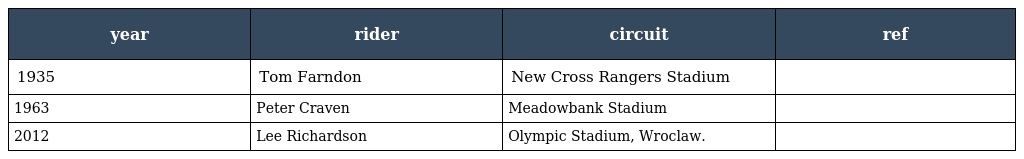
| year | rider | circuit | ref |
 | --- | --- | --- | --- |
 | 1935 | Tom Farndon | New Cross Rangers Stadium |  |
 | 1963 | Peter Craven | Meadowbank Stadium |  |
 | 2012 | Lee Richardson | Olympic Stadium, Wroclaw. |  |